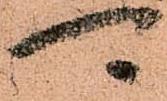
可